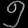
Digit: ၅